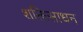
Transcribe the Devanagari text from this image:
शक्तिसाधन